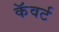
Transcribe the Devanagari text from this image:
कॅवर्ट